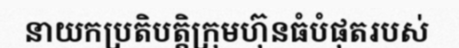
នាយកប្រតិបត្តិក្រុមហ៊ុនធំបំផុតរបស់